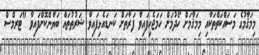
މިމަޤާމުގެ މަސައްކަތްތަކާއި މިމަޤާމަށް ހޯދުމަށް ހަމަޖެހިފައިވާ ފަރާތަށް ކަނޑައެޅިފައިވާ ޝަރުޠުތައް ބަޔާންކޮށްފައިވާ "ޓަރމްސް